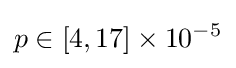
p\in [4,17]\times 10^{-5}